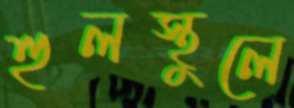
হুলস্থুলে